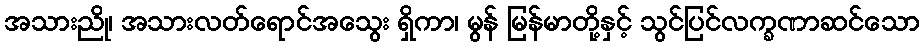
အသားညို၊ အသားလတ်ရောင်အသွေး ရှိကာ၊ မွန် မြန်မာတို့နှင့် သွင်ပြင်လက္ခဏာဆင်သော